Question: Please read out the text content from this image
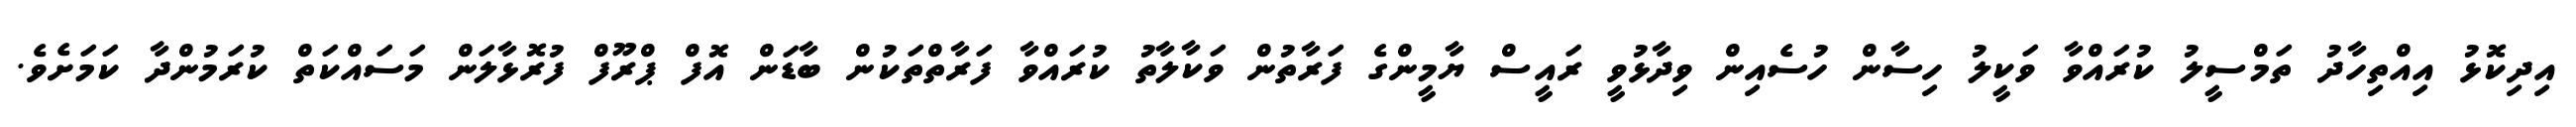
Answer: އިދިކޮޅު އިއްތިހާދު ތަމްސީލު ކުރައްވާ ވަކީލު ހިސާން ހުސެއިން ވިދާޅުވީ ރައީސް ޔާމީންގެ ފަރާތުން ވަކާލާތު ކުރައްވާ ފަރާތްތަކުން ބާޑަން އޮފް ޕްރޫފް ފުރޮޅާލަން މަސައްކަތް ކުރަމުންދާ ކަމަށެވެ.